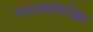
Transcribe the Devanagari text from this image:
मराठ्यांबरोबर